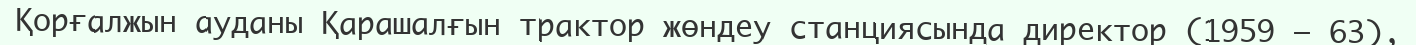
Қорғалжын ауданы Қарашалғын трактор жөндеу станциясында директор (1959 – 63),